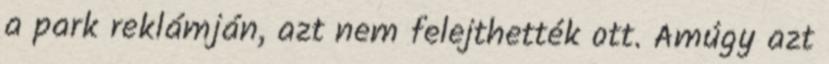
a park reklámján, azt nem felejthették ott. Amúgy azt